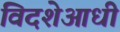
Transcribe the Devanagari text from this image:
विदशेआधी